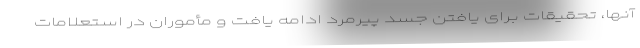
آنها، تحقیقات برای یافتن جسد پیرمرد ادامه یافت و مأموران در استعلامات